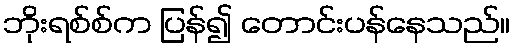
ဘိုးရစ်စ်က ပြန်၍ တောင်းပန်နေသည်။